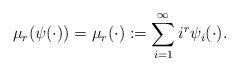
LaTeX: \begin{align*}\mu_r(\psi(\cdot)) = \mu_r(\cdot) := \sum_{i=1}^{\infty} i^r \psi_i(\cdot).\end{align*}